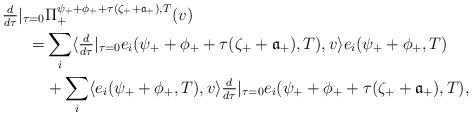
LaTeX: \begin{align*}\tfrac{d}{d\tau}|_{\tau=0} &\Pi_+^{\psi_+ + \phi_+ + \tau (\zeta_++{\mathfrak a}_+),T}(v) \\= & \sum_i\langle \tfrac{d}{d\tau}|_{\tau=0}e_i(\psi_++\phi_+ + \tau (\zeta_++{\mathfrak a}_+),T),v\rangle e_i(\psi_++\phi_+,T) \\& + \sum_i \langle e_i(\psi_++\phi_+,T),v \rangle \tfrac{d}{d\tau}|_{\tau=0} e_i(\psi_++\phi_+ + \tau (\zeta_++{\mathfrak a}_+),T),\end{align*}